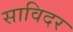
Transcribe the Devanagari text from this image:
साविदर